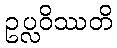
ဥပ္လဝိဿတိ